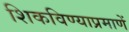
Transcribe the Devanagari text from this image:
शिकविण्याप्रमाणें